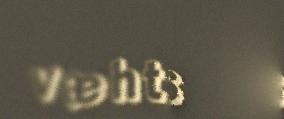
væhttsás